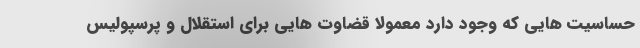
حساسیت هایی که وجود دارد معمولا قضاوت هایی برای استقلال و پرسپولیس